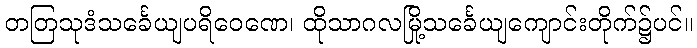
တတြသုဒံသင်္ခေယျပရိဝေဏေ၊ ထိုသာဂလမြို့သင်္ခေယျကျောင်းတိုက်၌ပင်။